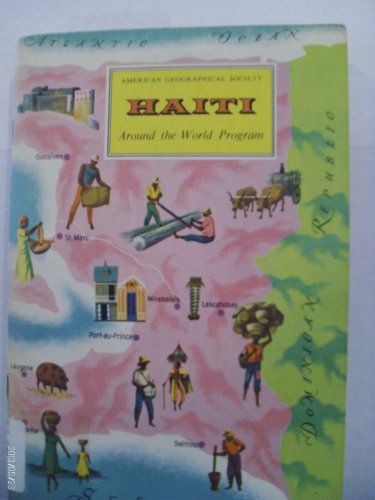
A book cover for Haiti (Around the world program); Richard Joseph; Travel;